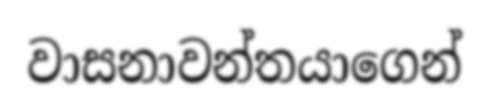
වාසනාවන්තයාගෙන්